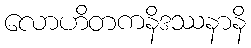
လောဟိတကနိဒဿနာနိ